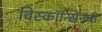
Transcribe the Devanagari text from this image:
विस्कॉन्सिनची